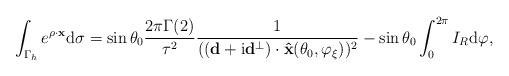
LaTeX: \begin{align*} \begin{aligned} \int_{\Gamma_h}e^{\rho \cdot \mathbf x}\mathrm d\sigma &=\sin\theta_0\frac{2\pi\Gamma(2)}{\tau^2}\frac{1}{((\mathbf d+\mathrm i\mathbf d^{\perp})\cdot \mathbf{ \hat{x}}(\theta_0,\varphi_\xi))^2}-\sin\theta_0\int_{0}^{2\pi}I_{R}\mathrm d\varphi, \end{aligned} \end{align*}